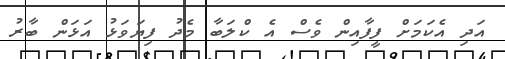
އަދި އެކަމަށް ފީފާއިން ވެސް އެ ކްލަބާ މެދު ފިޔަވަޅު އަޅަން ބާރު